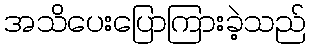
အသိပေးပြောကြားခဲ့သည်